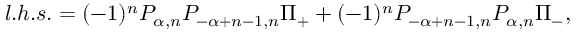
l . h . s . = ( - 1 ) ^ { n } { \cal P } _ { \alpha , n } { \cal P } _ { - \alpha + n - 1 , n } \Pi _ { + } + ( - 1 ) ^ { n } { \cal P } _ { - \alpha + n - 1 , n } { \cal P } _ { \alpha , n } \Pi _ { - } ,